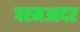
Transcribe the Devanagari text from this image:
परमआदर